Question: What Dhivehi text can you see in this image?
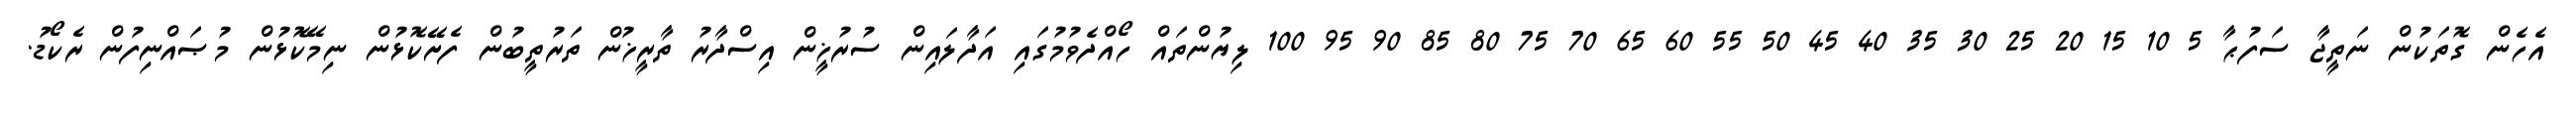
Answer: އެހެން ގޮތަކުން ނަތީޖާ ސަފުޙާ 5 10 15 20 25 30 35 40 45 50 55 60 65 70 75 80 85 90 95 100 ލިޔުންތައް ހޯއްދެވުމުގައި އަދާލައިން ސުރުޚީން އިސްދާރު ތާރީޚުން ތަރުތީބުން ފެށޭކޮޅުން ނިމޭކޮޅުން މުޞައްނިފުން ރެކޯޑު.